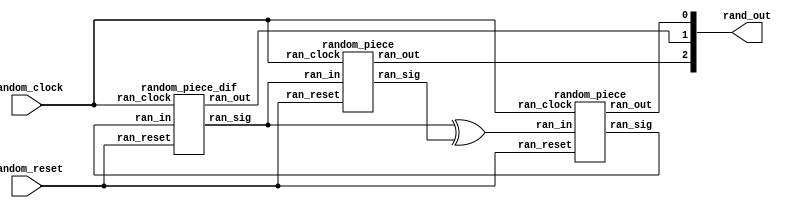
module random(
	input random_reset,
	input random_clock,
	output [2:0] rand_out
	);
	wire random_signal;

	random_piece z0 (random_reset, random_clock, random_signal, ran_en0, rand_out[0]);
	random_piece_dif z1 (random_reset, random_clock, ran_en0, ran_en1, rand_out[1]);
	random_piece z2 (random_reset, random_clock, ran_en1, ran_en2, rand_out[2]);
	assign random_signal = ran_en1 ^ ran_en2;


endmodule

module random_piece_dif(
	input ran_reset,
	input ran_clock,
	input ran_in,
	output ran_sig,
	output ran_out
	);

	reg out;

	always @ (posedge ran_clock)
	begin
		if (~ran_reset)
			out <= 1'b1;
		else if (ran_in)
			out <= ~out;
	end

	assign ran_sig = out;
	assign ran_out = out;
endmodule

module random_piece(
	input ran_reset,
	input ran_clock,
	input ran_in,
	output ran_sig,
	output ran_out
	);

	reg out;

	always @ (posedge ran_clock)
	begin
		if (~ran_reset)
			out <= 1'b0;
		else if (ran_in)
			out <= ~out;
	end

	assign ran_sig = out;
	assign ran_out = out;
endmodule